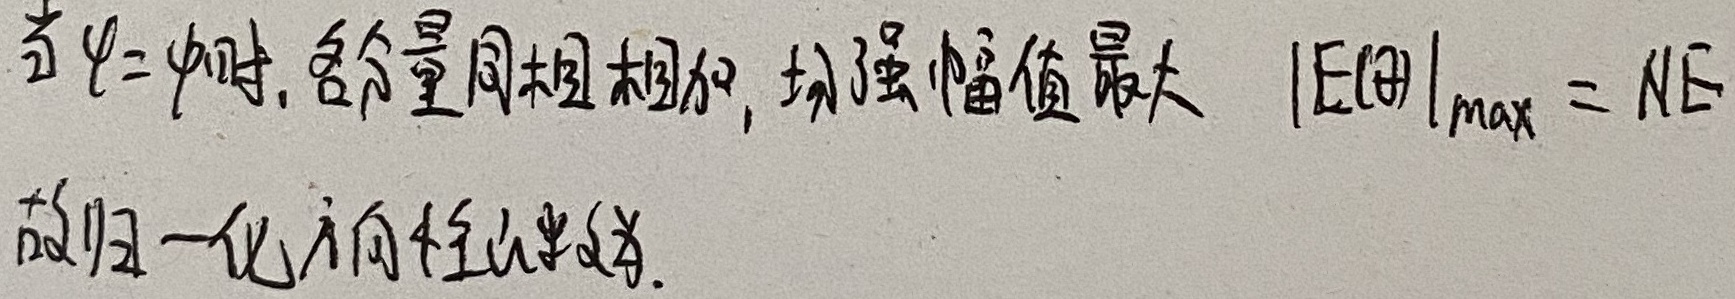
当\(\psi = \psi_0\)时，各分量同相相加，场强幅值最大\(\vert E(\theta)\vert_{\max}=NE\)，故归一化方向性函数为。